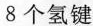
8个氢键